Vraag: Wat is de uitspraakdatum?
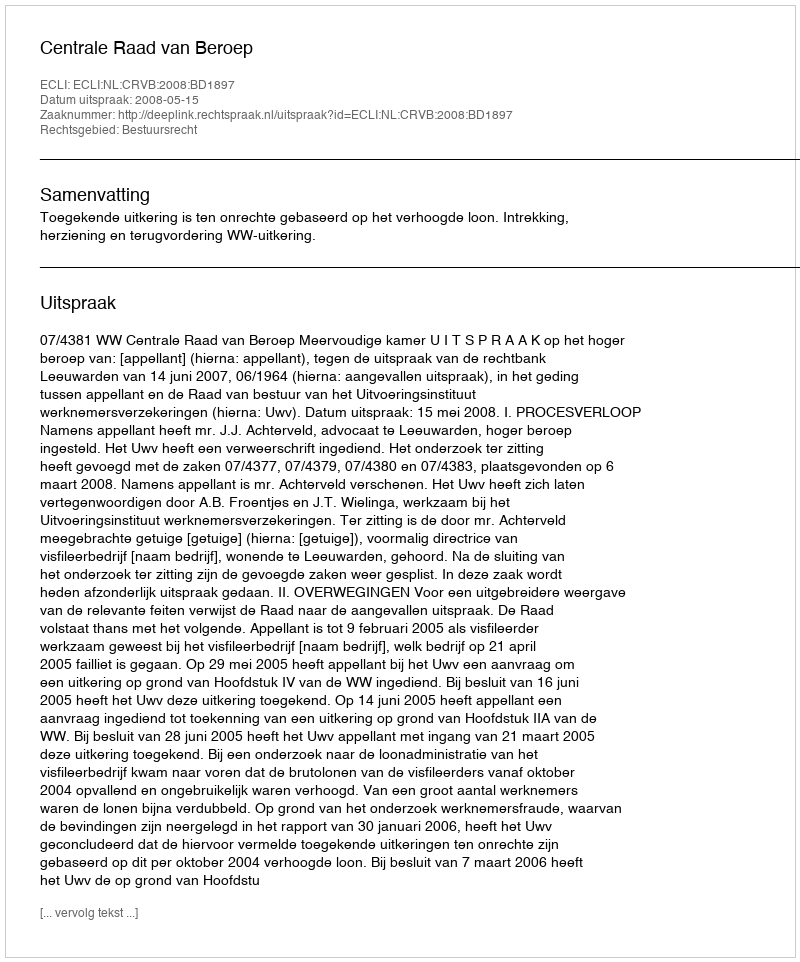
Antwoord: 2008-05-15